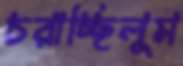
চরাচ্ছিলুম